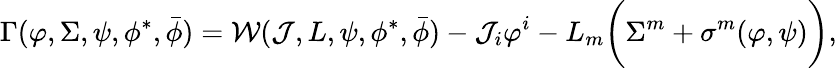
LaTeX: \Gamma(\varphi,\Sigma,\psi,\phi^{*},\bar{\phi})={\cal W}({\cal J},L,\psi,\phi^{*},\bar{\phi})-{\cal J}_{i}\varphi^{i}-L_{m}\bigg(\Sigma^{m}+\sigma^{m}(\varphi,\psi)\bigg),